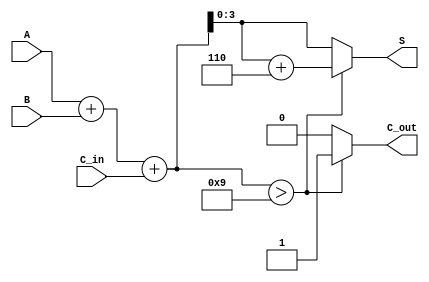
module BCD_Hybrid_Adder (
    input [3:0] A,        // First BCD digit
    input [3:0] B,        // Second BCD digit
    input C_in,           // Carry-in from previous addition
    output reg [3:0] S,   // Resulting BCD digit
    output reg C_out      // Carry-out to next decimal digit
);

    wire [4:0] sum;       // 5-bit sum to accommodate carry
    wire [4:0] corrected_sum; // Corrected sum after BCD adjustment

    // Step 1: Binary addition of A, B and carry-in
    assign sum = A + B + C_in;

    // Step 2: BCD correction logic
    always @(*) begin
        if (sum > 9) begin
            // If sum is greater than 9, add 6 to correct it
            corrected_sum = sum + 5'd6; // 5'd6 is the 5-bit representation of 6
            S = corrected_sum[3:0];      // Take the lower 4 bits as the result
            C_out = 1;                   // Set carry-out
        end else begin
            S = sum[3:0];                // Valid BCD, no correction needed
            C_out = 0;                   // No carry-out
        end
    end

endmodule